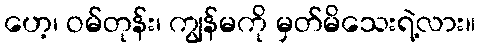
ဟေ့၊ ဝမ်တုန်း၊ ကျွန်မကို မှတ်မိသေးရဲ့လား။